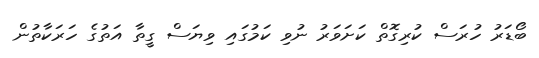
ބޯޑަރު ހުރަސް ކުރިގޮތް ކަށަވަރު ނުވި ކަމުގައި ވިޔަސް ގީތާ އަތުގެ ހަރަކާތުން